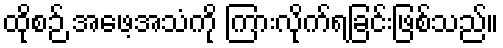
ထိုစဉ် အဖေ့အသံကို ကြားလိုက်ရခြင်းဖြစ်သည်။